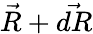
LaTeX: {\vec{R}}+{\vec{dR}}